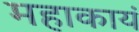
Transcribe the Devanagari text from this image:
महाकायं